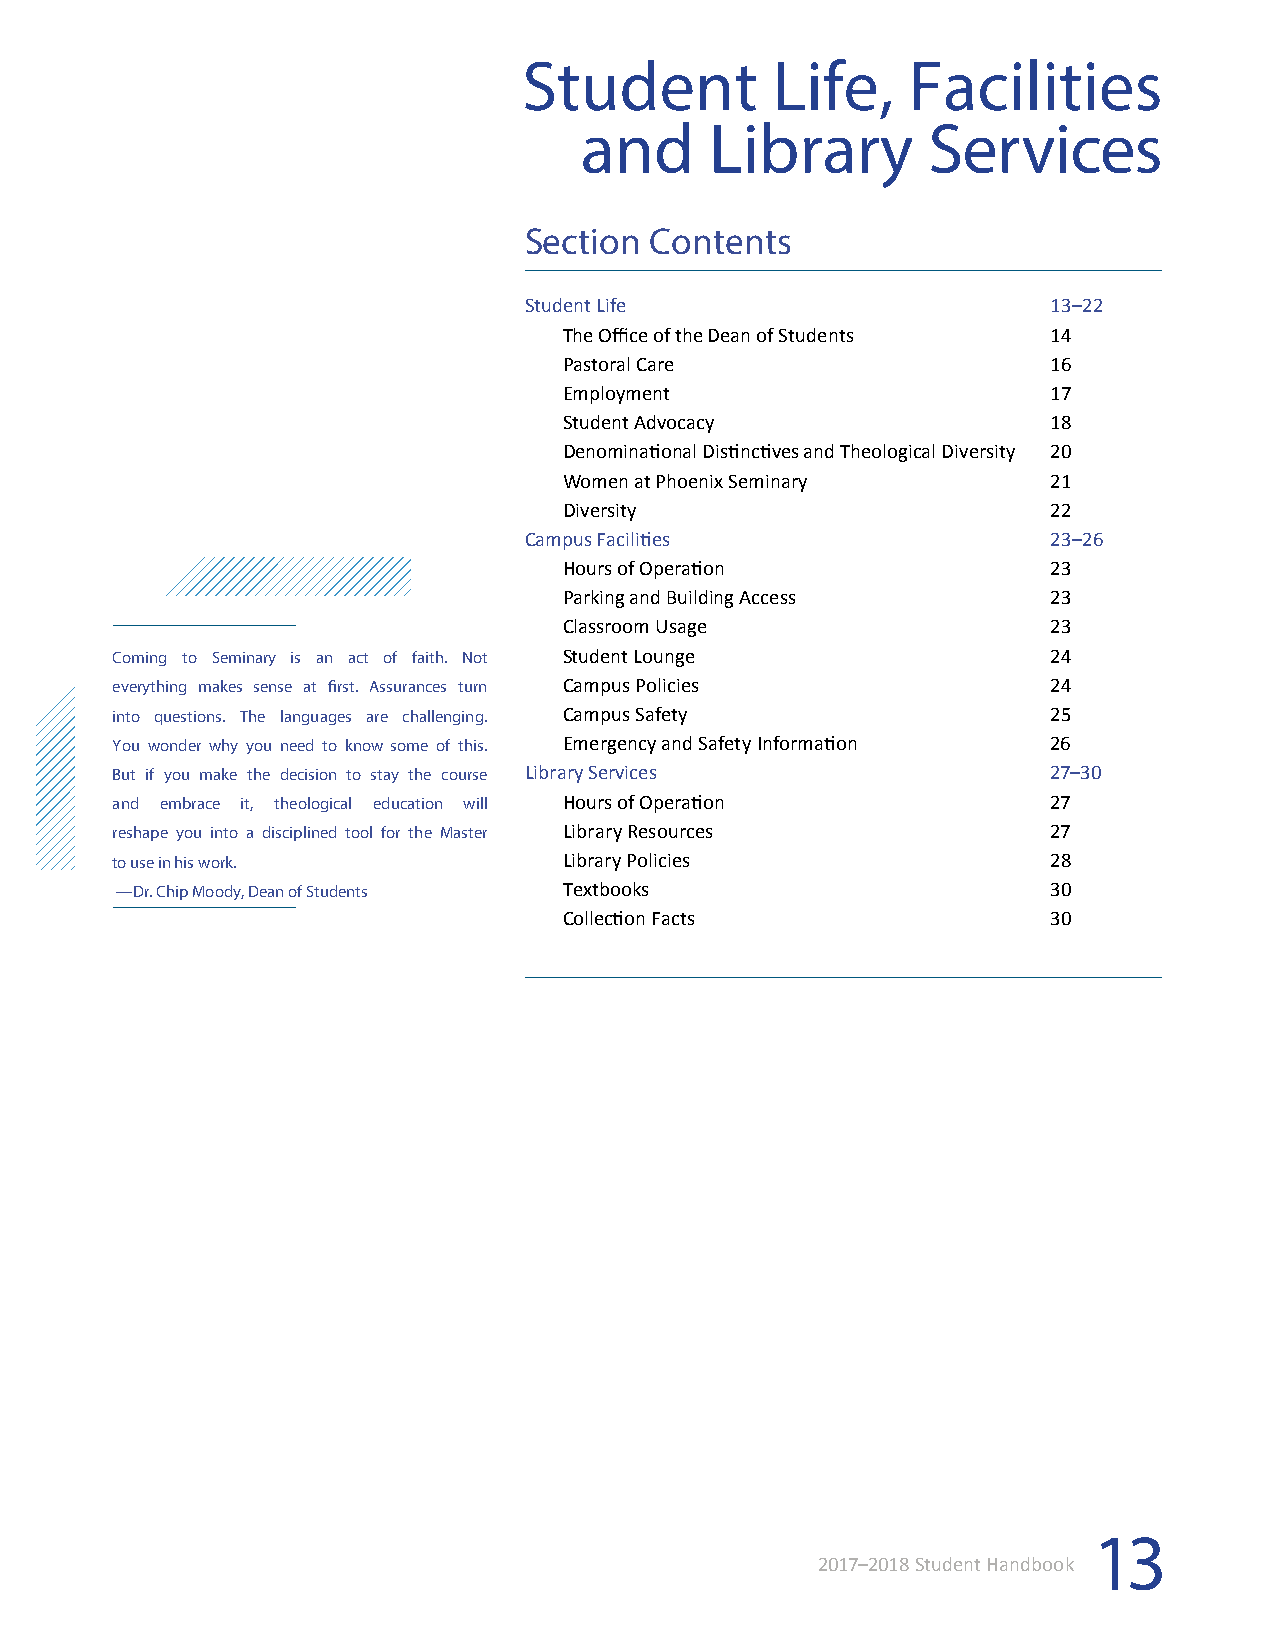
Student         Life,    Facilities
 and      Library       Services
 Section Contents
 Student Life                       13–22
 The Office of the Dean of Students 14
 Pastoral Care                    16
 Employment                       17
 Student Advocacy                 18
 Denominational Distinctives and Theological Diversity 20
 Women at Phoenix Seminary        21
 Diversity                        22
 Campus Facilities                  23–26
 Hours of Operation               23
 Parking and Building Access      23
 Classroom Usage                  23
 Coming to Seminary is an act of faith. Not Student Lounge      24
 everything makes sense at first. Assurances turn Campus Policies 24
 into questions. The languages are challenging. Campus Safety   25
 You wonder why you need to know some of this. Emergency and Safety Information 26
 But if you make the decision to stay the course Library Services 27–30
 and embrace it, theological education will Hours of Operation  27
 reshape you into a disciplined tool for the Master Library Resources 27
 to use in his work.           Library Policies                 28
 —Dr. Chip Moody, Dean of Students Textbooks                   30
 Collection Facts                 30
 13
 2017–2018 Student Handbook